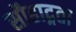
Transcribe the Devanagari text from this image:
सौहाद्र्रता